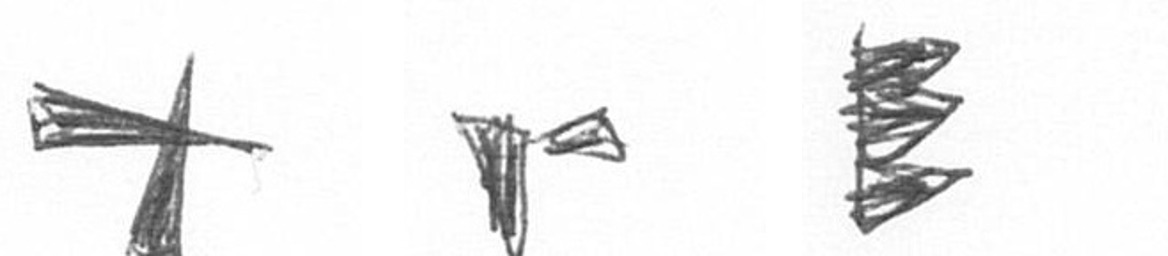
G F H